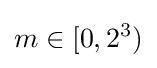
m\in [0,2^{3})